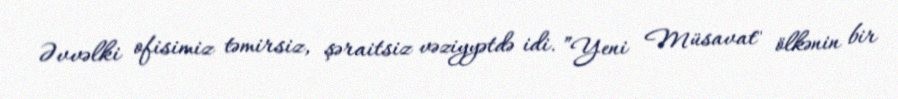
Əvvəlki ofisimiz təmirsiz, şəraitsiz vəziyyətdə idi. ”Yeni Müsavat" ölkənin bir